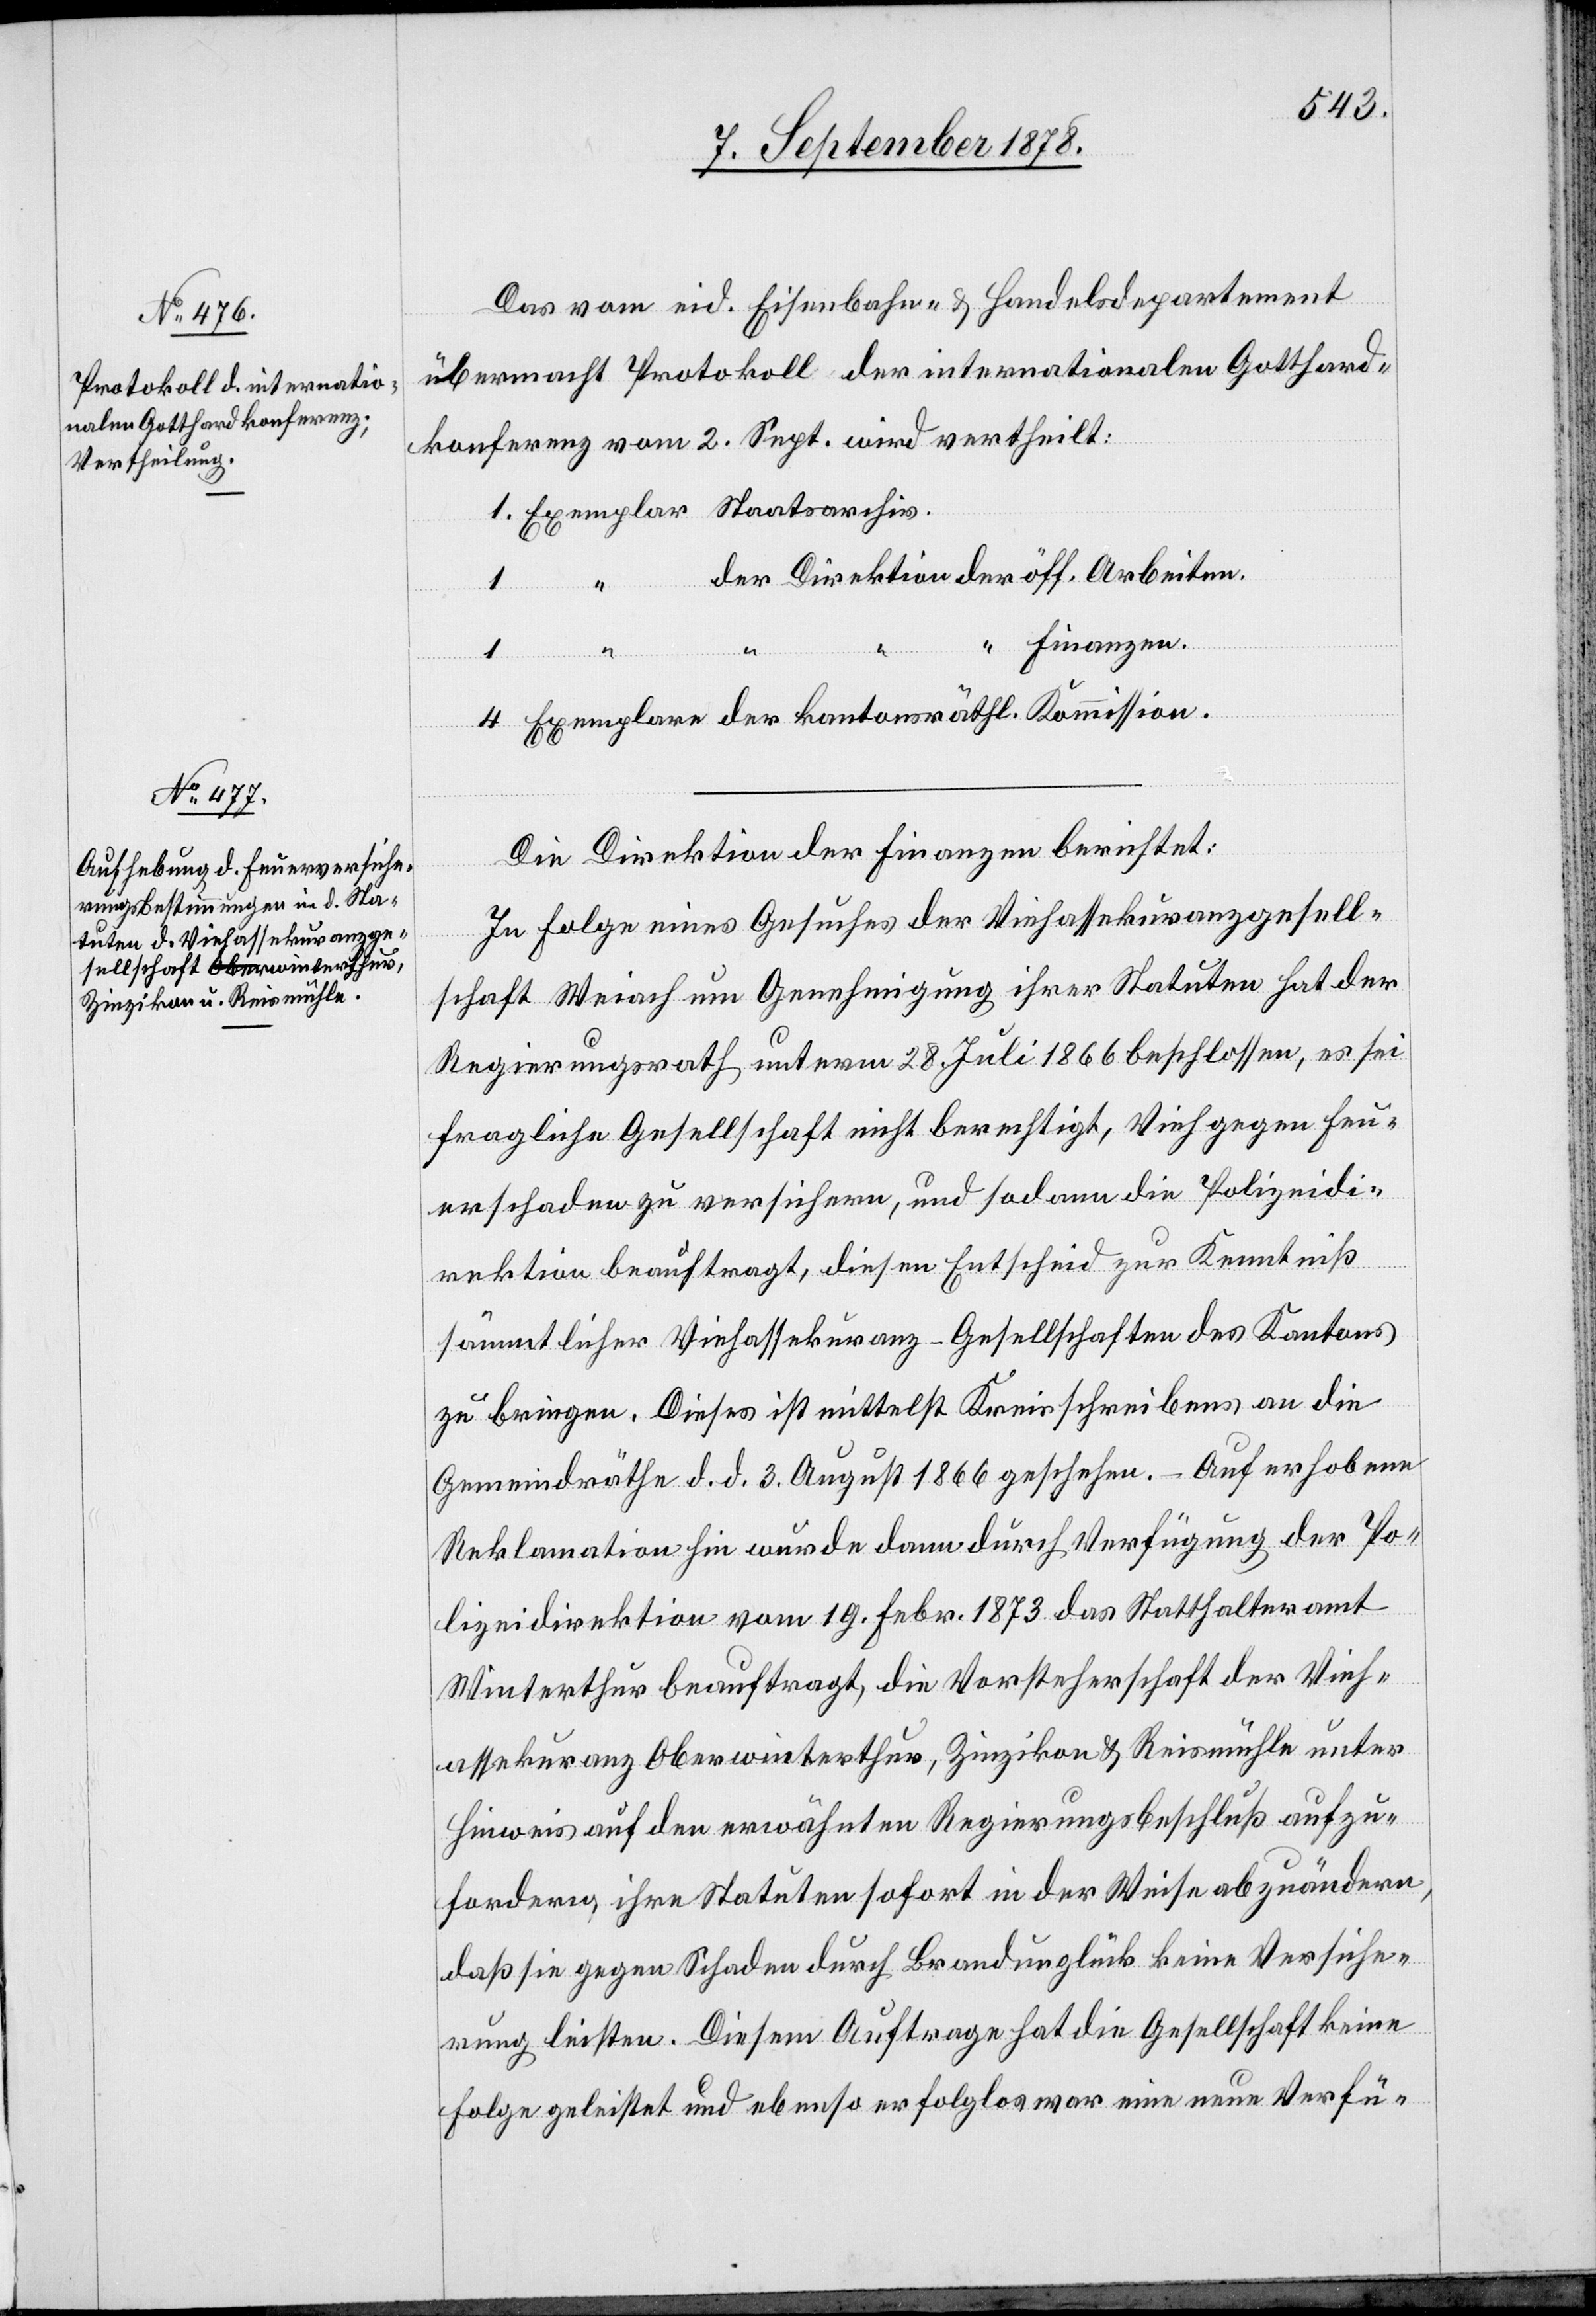
Das vom eid. Eisenbahn- & Handelsdepartement
übermacht[e] Protokoll der internationalen Gotthard¬
konferenz vom 2. Sept. wird vertheilt:
1. Exemplar Staatsarchiv.
der Direktion der öff. Arbeiten.
1
“
“ Finanzen.
4 Exemplare der kantonsräthl. Kommission.
Die Direktion der Finanzen berichtet:
In Folge eines Gesuches der Viehassekuranzgesell¬
schaft Weiach um Genehmigung ihrer Statuten hat der
Regierungsrath unterm 28. Juli 1866 beschlossen, es sei
fragliche Gesellschaft nicht berechtigt, Vieh gegen Feu¬
erschaden zu versichern, und sodann die Polizeidi¬
rektion beauftragt, diesen Entscheid zur Kenntniß
sämmtlicher Viehassekuranz-Gesellschaften des Kantons
zu bringen. Dieses ist mittelst Kreisschreibens an die
Gemeindräthe d. d. 3. August 1866 geschehen. – Auf erhobene
Reklamation hin wurde dann durch Verfügung der Po¬
lizeidirektion vom 19. Febr. 1873 das Statthalteramt
Winterthur beauftragt, die Vorsteherschaft der Vieh¬
assekuranz Oberwinterthur, Zinzikon & Reismühle unter
Hinweis auf den erwähnten Regierungsbeschluß aufzu¬
fordern, ihre Statuten sofort in der Weise abzuändern,
daß sie gegen Schaden durch Brandunglück keine Versiche¬
rung leisten. Diesem Auftrage hat die Gesellschaft keine
Folge geleistet und ebenso erfolglos war eine neue Verfü-